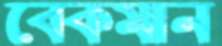
বেকমান